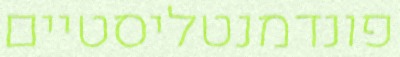
פונדמנטליסטיים